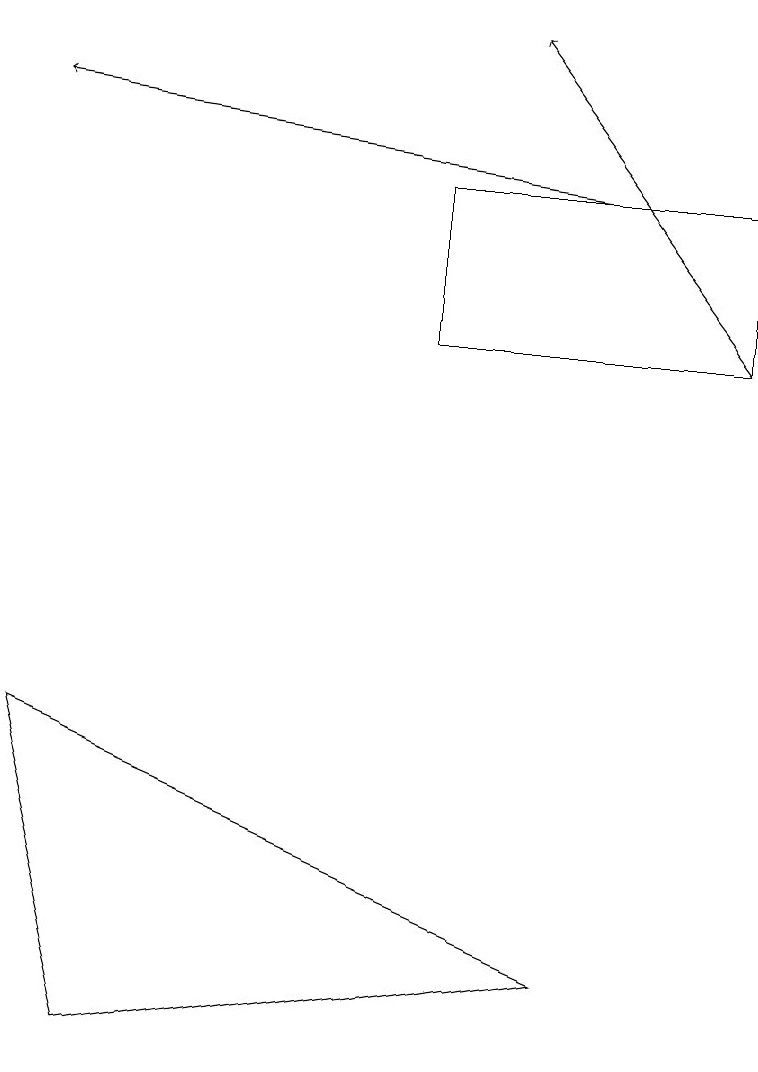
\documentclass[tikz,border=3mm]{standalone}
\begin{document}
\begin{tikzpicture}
\draw (9,14) rectangle (5,16);
\draw[->] (7,16) -- (0,17);
\draw (0,9) -- (1,5) -- (7,6) -- cycle;
\draw[->] (9,14) -- (6,18);
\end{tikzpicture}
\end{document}